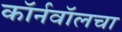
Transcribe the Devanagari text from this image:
कॉर्नवॉलचा